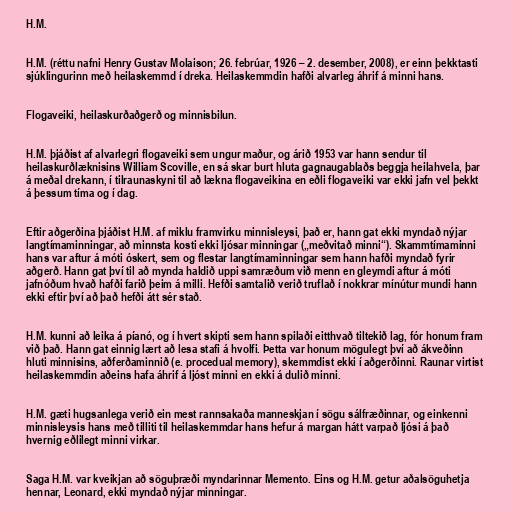
H.M.

H.M. (réttu nafni Henry Gustav Molaison; 26. febrúar, 1926 – 2. desember, 2008), er einn þekktasti
sjúklingurinn með heilaskemmd í dreka. Heilaskemmdin hafði alvarleg áhrif á minni hans.

Flogaveiki, heilaskurðaðgerð og minnisbilun.

H.M. þjáðist af alvarlegri flogaveiki sem ungur maður, og árið 1953 var hann sendur til
heilaskurðlæknisins William Scoville, en sá skar burt hluta gagnaugablaðs beggja heilahvela, þar
á meðal drekann, í tilraunaskyni til að lækna flogaveikina en eðli flogaveiki var ekki jafn vel þekkt
á þessum tíma og í dag.

Eftir aðgerðina þjáðist H.M. af miklu framvirku minnisleysi, það er, hann gat ekki myndað nýjar
langtímaminningar, að minnsta kosti ekki ljósar minningar („meðvitað minni“). Skammtímaminni
hans var aftur á móti óskert, sem og flestar langtímaminningar sem hann hafði myndað fyrir
aðgerð. Hann gat því til að mynda haldið uppi samræðum við menn en gleymdi aftur á móti
jafnóðum hvað hafði farið þeim á milli. Hefði samtalið verið truflað í nokkrar mínútur mundi hann
ekki eftir því að það hefði átt sér stað.

H.M. kunni að leika á píanó, og í hvert skipti sem hann spilaði eitthvað tiltekið lag, fór honum fram
við það. Hann gat einnig lært að lesa stafi á hvolfi. Þetta var honum mögulegt því að ákveðinn
hluti minnisins, aðferðaminnið (e. procedual memory), skemmdist ekki í aðgerðinni. Raunar virtist
heilaskemmdin aðeins hafa áhrif á ljóst minni en ekki á dulið minni.

H.M. gæti hugsanlega verið ein mest rannsakaða manneskjan í sögu sálfræðinnar, og einkenni
minnisleysis hans með tilliti til heilaskemmdar hans hefur á margan hátt varpað ljósi á það
hvernig eðlilegt minni virkar.

Saga H.M. var kveikjan að söguþræði myndarinnar Memento. Eins og H.M. getur aðalsöguhetja
hennar, Leonard, ekki myndað nýjar minningar.